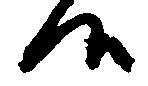
候